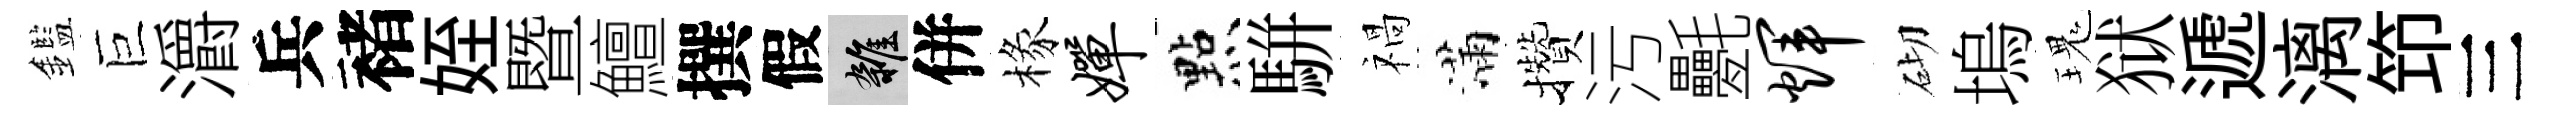
鑑巨灂兵褚姪暨鱣撰假雜併椽婵㸃駢禍滿攢污氎辉砌塢瑰狱遞漓笻三